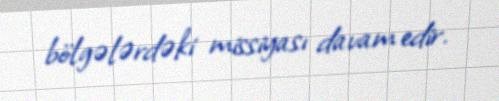
bölgələrdəki missiyası davam edir.